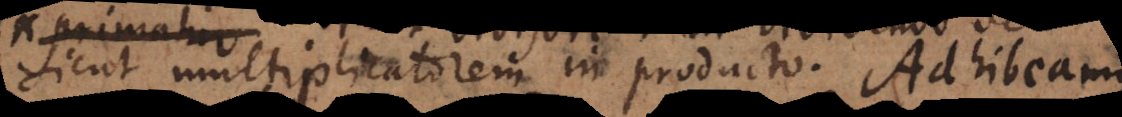
sicut multiplicatorem in producto. Adhibeamus